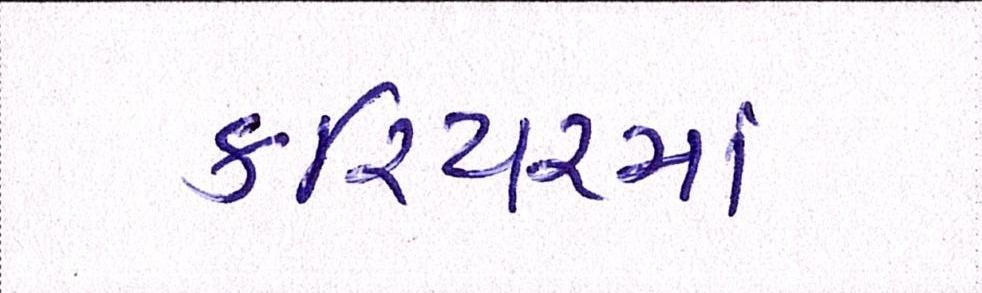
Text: કરિયરમાં